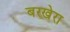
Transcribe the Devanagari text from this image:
बरखेरा